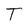
Character: T